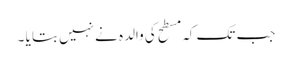
جب تک کہ مسطح کی والدہ نے نہیں بتا یا ۔